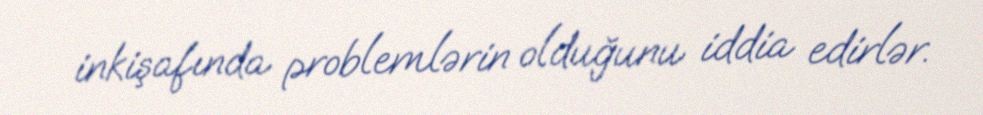
inkişafında problemlərin olduğunu iddia edirlər.